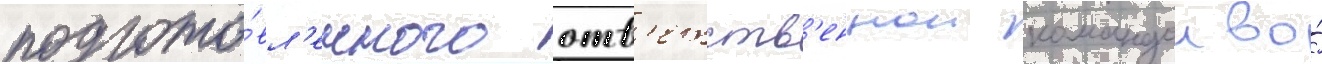
подгото́вл'енного отв'етств'еннои командои во́